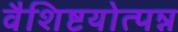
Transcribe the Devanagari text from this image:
वैशिष्टयोत्पन्न